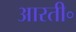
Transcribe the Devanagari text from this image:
आरती॰